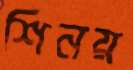
শিনয়